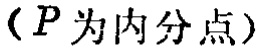
（\(P\)为内分点）